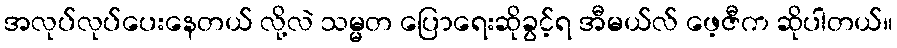
အလုပ်လုပ်ပေးနေတယ် လို့လဲ သမ္မတ ပြောရေးဆိုခွင့်ရ အီမယ်လ် ဖေ့ဇီက ဆိုပါတယ်။